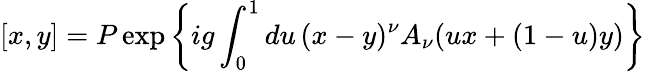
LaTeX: [x,y]=P\exp\left\{ ig\int_{0}^{1}du\, (x-y)^{\nu}A_{\nu}(ux+(1-u)y)\right\}